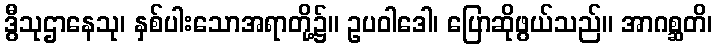
ဒွီသုဌာနေသု၊ နှစ်ပါးသောအရာတို့၌။ ဥပဝါဒေါ၊ ပြောဆိုဖွယ်သည်။ အာဂစ္ဆတိ၊